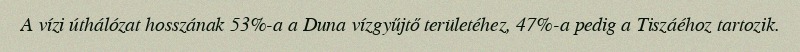
A vízi úthálózat hosszának 53%-a a Duna vízgyűjtő területéhez, 47%-a pedig a Tiszáéhoz tartozik.